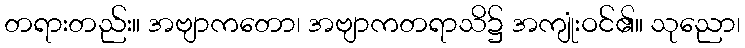
တရားတည်း။ အဗျာကတော၊ အဗျာကတရာသိ၌ အကျုံးဝင်၏။ သုညော၊